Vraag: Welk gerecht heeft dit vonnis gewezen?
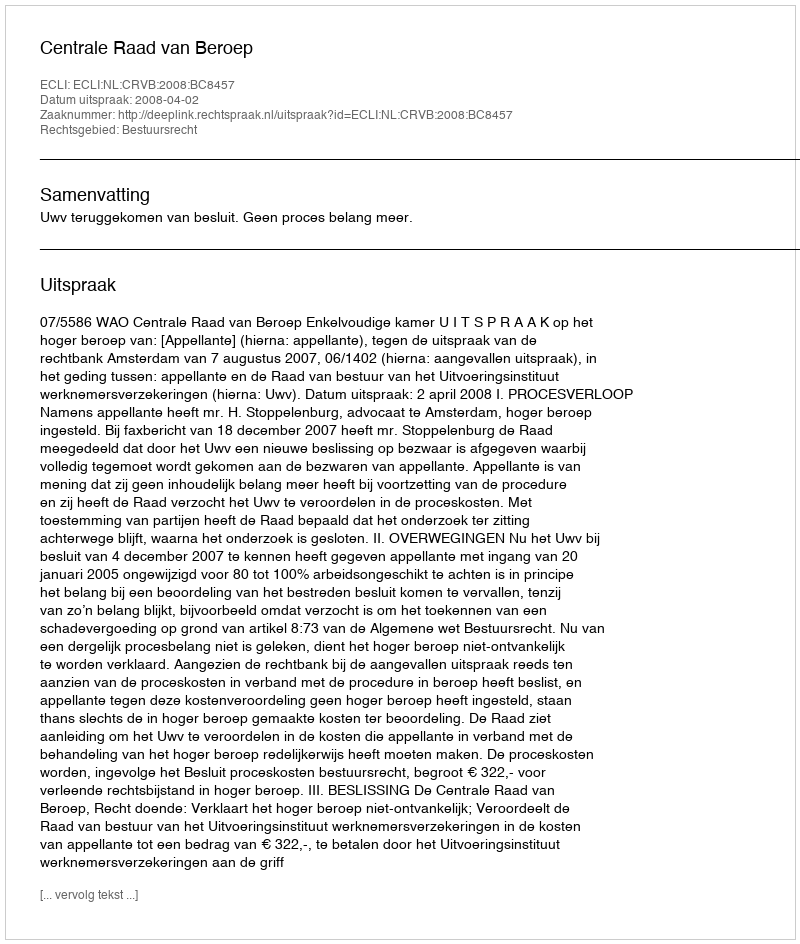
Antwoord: Centrale Raad van Beroep